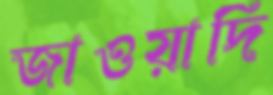
জাওয়াদি